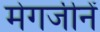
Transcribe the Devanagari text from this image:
मेगजीनें